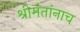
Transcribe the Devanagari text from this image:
श्रीमंतांनाच